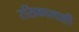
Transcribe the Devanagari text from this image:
रसिकालाही